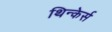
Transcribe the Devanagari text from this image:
थिन्केर्स